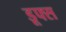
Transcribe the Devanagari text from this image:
डूफ्स